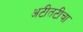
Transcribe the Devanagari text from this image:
अटीतटीचा